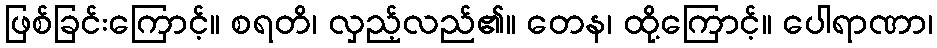
ဖြစ်ခြင်းကြောင့်။ စရတိ၊ လှည့်လည်၏။ တေန၊ ထို့ကြောင့်။ ပေါရာဏာ၊